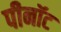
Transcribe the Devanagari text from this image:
पीनॉट